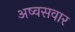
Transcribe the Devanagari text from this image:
अष्वसवार